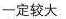
一定较大